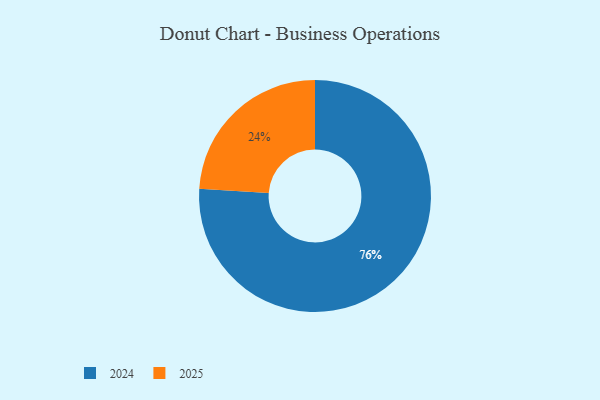
{"axis": {"x": "Category", "y": "Percentage"}, "legend": ["2024", "2025"], "data": [{"x": "2025", "y": 24, "type": "2025"}, {"x": "2024", "y": 76, "type": "2024"}]}